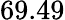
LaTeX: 69.49